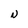
Character: N